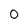
Character: 0